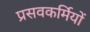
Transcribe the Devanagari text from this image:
प्रसवकर्मियों